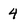
Character: 4